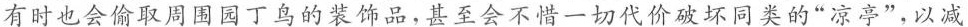
有时也会偷取周围园丁鸟的装饰品，甚至会不惜一切代价破坏同类的”凉亭”，以减